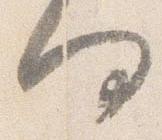
何